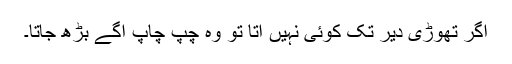
اگر تھوڑی دیر تک کوئی نہیں آتا تو وہ چپ چاپ آگے بڑھ جاتا۔